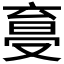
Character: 𠭩